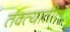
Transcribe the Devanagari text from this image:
तक्त्यातील